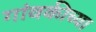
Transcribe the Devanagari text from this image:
गांवकीच्या